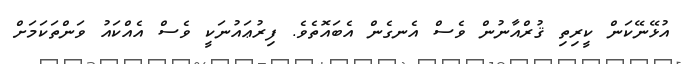
އުޅޭނޭކަން ކީރިތި ޤުރްއާނުން ވެސް އެނގެން އެބައޮތެވެ. ފިރުޢައުނަކީ ވެސް އެއްކައު ވަންތަކަމަށް